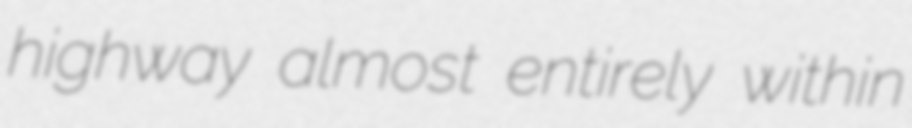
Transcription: highway almost entirely within